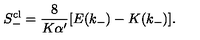
S _ { - } ^ { \mathrm { c l } } = \frac { 8 } { K \alpha ^ { \prime } } [ E ( k _ { - } ) - K ( k _ { - } ) ] .